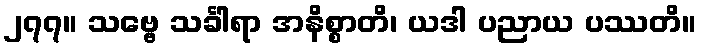
၂၇၇။ သဗ္ဗေ သင်္ခါရာ အနိစ္စာတိ၊ ယဒါ ပညာယ ပဿတိ။